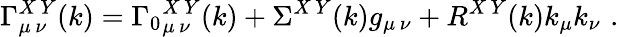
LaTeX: \Gamma_{\mu\, \nu}^{X\, Y}(k)={\Gamma_{0}}_{\mu\, \nu}^{X\, Y}(k)+\Sigma^{X\, Y}(k)g_{\mu\, \nu}+R^{X\, Y}(k)k_{\mu}k_{\nu}\, \, .